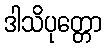
ဒါသိပုတ္တော